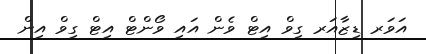
އަވަރ ޑިޒާއަރ ގިވް އިޓް ވެން އައި ވޯންޓް އިޓް ގިވް އިން